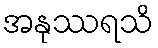
အနုဿရသိ